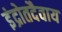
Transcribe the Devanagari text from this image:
इंद्रोतदैवाय